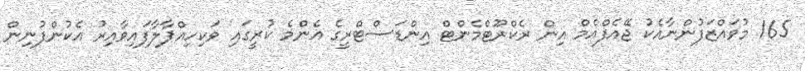
165 މުވައްޒަފުންނާއެކު ޖޭއެފްއެމް އިން ރެކްރޫޓްމެންޓް އިންޑަސްޓްރީގެ އެންމެ ކުރީގައި ވަކިހިއްޕާލާފައިވާއިރު އެކުންފުނިން